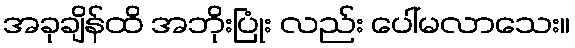
အခုချိန်ထိ အဘိုးပြုံး လည်း ပေါ်မလာသေး။